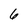
Character: 6